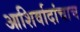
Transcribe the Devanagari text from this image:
आशिर्वादांचाच